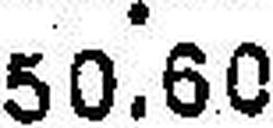
50.60